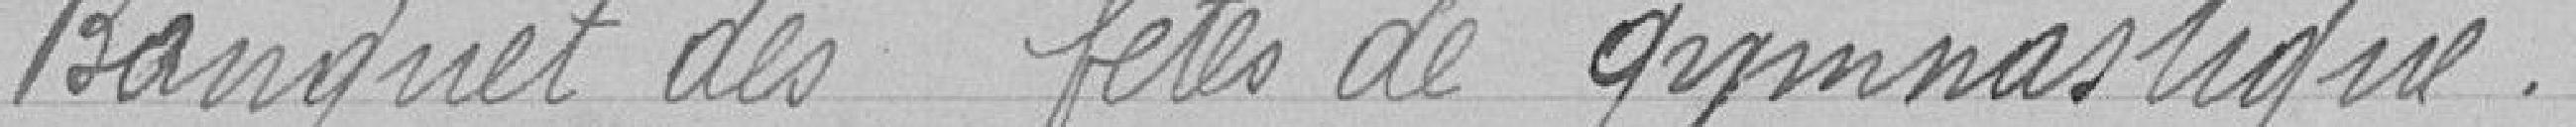
Banquet des fêtes de gymnastiques